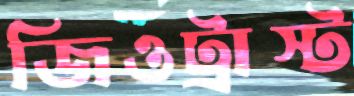
জিওট্রাস্ট